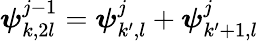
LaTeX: \boldsymbol{\psi}_{k,2l}^{j-1}=\boldsymbol{\psi}_{k^{\prime},l}^{j}+\boldsymbol{\psi}_{k^{\prime}+1,l}^{j}